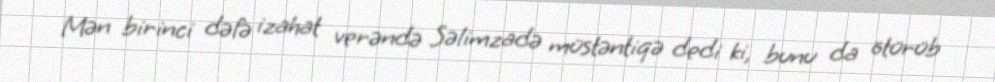
Mən birinci dəfə izahat verəndə Səlimzadə müstəntiqə dedi ki, bunu da ötürüb